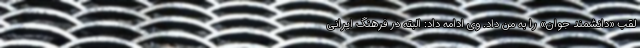
لقب «دانشمند جوان» را به من داد. وی ادامه داد: البته در فرهنگ ایرانی